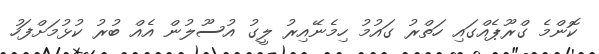
ކޮންމެ ގްރޫޕެއްގައި ހަތްރު ގައުމު ހިމެނޭއިރު ލީގު އުސޫލުން އެއް ބުރު ކުޅުމަށްފަހު